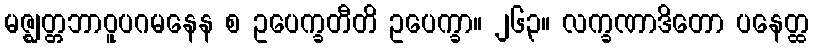
မဇ္ဈတ္တဘာဝူပဂမနေန စ ဥပေက္ခတီတိ ဥပေက္ခာ။ ၂၆၃။ လက္ခဏာဒိတော ပနေတ္ထ